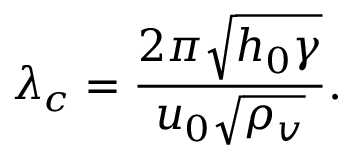
\lambda _ { c } = \frac { 2 \pi \sqrt { h _ { 0 } \gamma } } { u _ { 0 } \sqrt { \rho _ { v } } } .